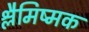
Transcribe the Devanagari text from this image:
श्लैमिष्मक